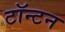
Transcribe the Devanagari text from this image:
टॉन्टन